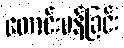
တောင်းပန်ခြင်း